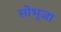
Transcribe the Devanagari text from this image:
सोभूजा